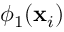
\phi _ { \mathrm { 1 } } ( \mathbf { x } _ { i } )